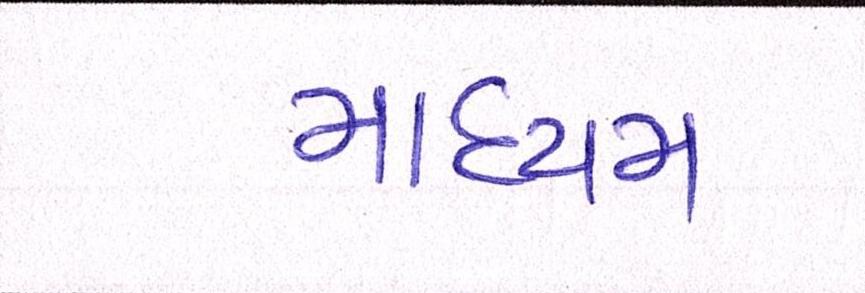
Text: માધ્યમ